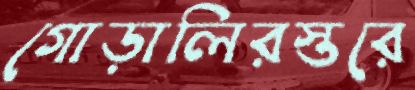
গোড়ালিরস্তরে